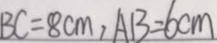
B C = 8 c m , A B = 6 c m